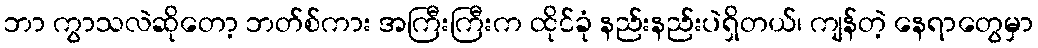
ဘာ ကွာသလဲဆိုတော့ ဘတ်စ်ကား အကြီးကြီးက ထိုင်ခုံ နည်းနည်းပဲရှိတယ်၊ ကျန်တဲ့ နေရာတွေမှာ